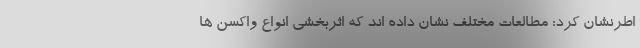
اطرنشان کرد: مطالعات مختلف نشان داده اند که اثربخشی انواع واکسن ها